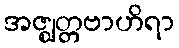
အဇ္ဈတ္တဗာဟိရာ